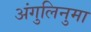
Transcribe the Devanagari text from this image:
अंगुलिनुमा